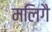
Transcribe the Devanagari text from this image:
मलिगै